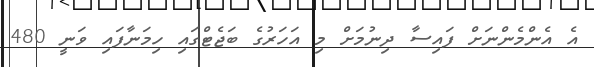
އެ އެންމެންނަށް ފައިސާ ދިނުމަށް މި އަހަރުގެ ބަޖެޓްގައި ހިމަނާފައި ވަނީ 480